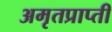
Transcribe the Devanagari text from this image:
अमृतप्राप्ती